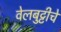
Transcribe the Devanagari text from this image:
वेलबुट्टीचे